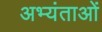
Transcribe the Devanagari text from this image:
अभ्यंताओं